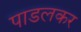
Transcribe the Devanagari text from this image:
पाडलकर